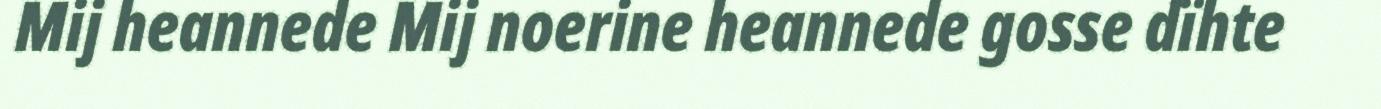
Mij heannede Mij noerine heannede gosse dïhte